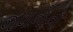
જવાનોનો